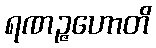
ရဏဉ္ဇဟောတိ